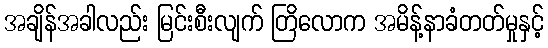
အချိန်အခါလည်း မြင်းစီးလျက် တြိလောက အမိန့်နာခံတတ်မှုနှင့်